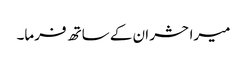
میرا حشر ان کے ساتھ فرما۔